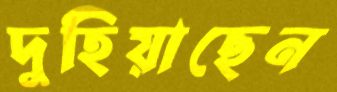
দুহিয়াছেন